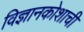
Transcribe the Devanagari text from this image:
विज्ञानकोशाची